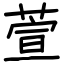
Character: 萱